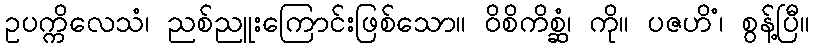
ဥပက္ကိလေသံ၊ ညစ်ညူးကြောင်းဖြစ်သော။ ဝိစိကိစ္ဆံ၊ ကို။ ပဇဟိံ၊ စွန့်ပြီ။